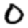
Digit: 0